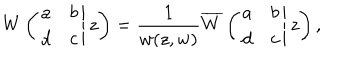
W \left( \left. \begin{array} { c c } { { a } } & { { b } } \\ { { d } } & { { c } } \\ \end{array} \right| z \right) = \frac { 1 } { w ( z , w ) } \overline { { { W } } } \left( \left. \begin{array} { c c } { { a } } & { { b } } \\ { { d } } & { { c } } \\ \end{array} \right| z \right) ,